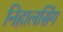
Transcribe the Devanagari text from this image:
निहालसिंग